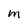
Character: M